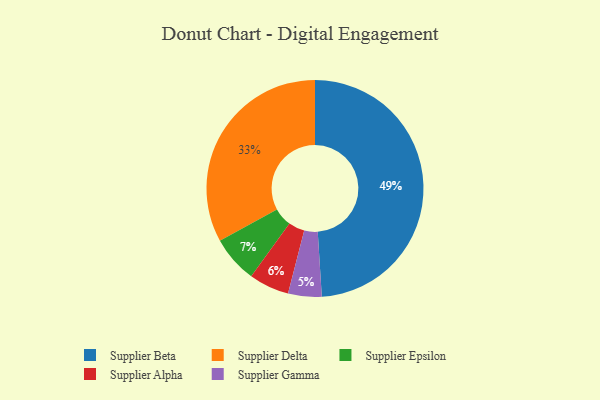
{"axis": {"x": "Category", "y": "Percentage"}, "legend": ["Supplier Alpha", "Supplier Beta", "Supplier Delta", "Supplier Epsilon", "Supplier Gamma"], "data": [{"x": "Supplier Delta", "y": 33, "type": "Supplier Delta"}, {"x": "Supplier Alpha", "y": 6, "type": "Supplier Alpha"}, {"x": "Supplier Epsilon", "y": 7, "type": "Supplier Epsilon"}, {"x": "Supplier Gamma", "y": 5, "type": "Supplier Gamma"}, {"x": "Supplier Beta", "y": 49, "type": "Supplier Beta"}]}